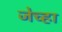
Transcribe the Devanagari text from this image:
जेच्हा